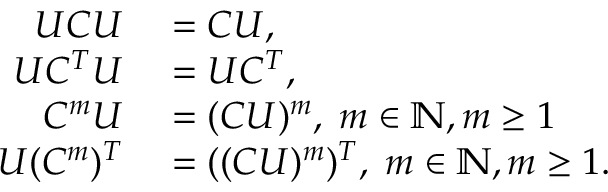
\begin{array} { r l } { U C U } & { { } = C U , } \\ { U C ^ { T } U } & { { } = U C ^ { T } , } \\ { C ^ { m } U } & { { } = ( C U ) ^ { m } , \; m \in \mathbb { N } , m \geq 1 } \\ { U ( C ^ { m } ) ^ { T } } & { { } = ( ( C U ) ^ { m } ) ^ { T } , \; m \in \mathbb { N } , m \geq 1 . } \end{array}